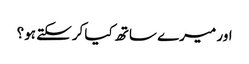
اور میرے ساتھ کیا کرسکتے ہو؟